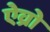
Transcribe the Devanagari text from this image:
ऐव्रो